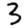
Digit: 3